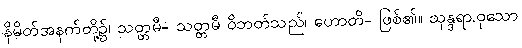
နိမိတ်အနက်တို့၌၊ သတ္တမီ- သတ္တမီ ဝိဘတ်သည်၊ ဟောတိ- ဖြစ်၏။ သုန္ဒရာ.ဝုသော